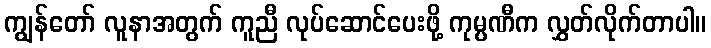
ကျွန်တော် လူနာအတွက် ကူညီ လုပ်ဆောင်ပေးဖို့ ကုမ္ပဏီက လွှတ်လိုက်တာပါ။